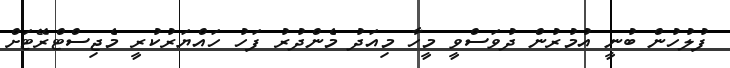
ފުލުހުން ބުނީ އުމުރުން ދުވަސްވީ މީހާ މިއަދު މެންދުރު ފަހު ހައްޔަރުކުރީ މެޖިސްޓްރޭޓަށް